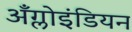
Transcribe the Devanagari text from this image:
अँग्लोइंडियन